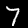
Digit: 7